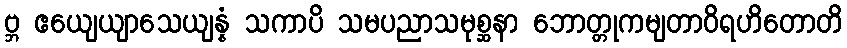
ဗ္ဘ ဧယျေယျာသေယျန္နံ သကာပိ သမပညာသမုစ္ဆနာ ဘောတ္တုကမျတာဝိရဟိတောတိ